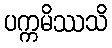
ပက္ကမိဿသိ